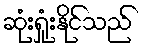
ဆုံးရှုံးနိုင်သည်